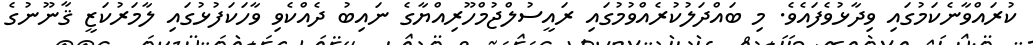
ކުރައްވާނެކަމުގައި ވިދާޅުވެފައެވެ. މި ބައްދަލުކުރެއްވުމުގައި ރައީސުލްޖުމްހޫރިއްޔާގެ ނައިބު ދެއްކެވި ވާހަކަފުޅުގައި ލާމަރުކަޒީ ޤާނޫނުގެ